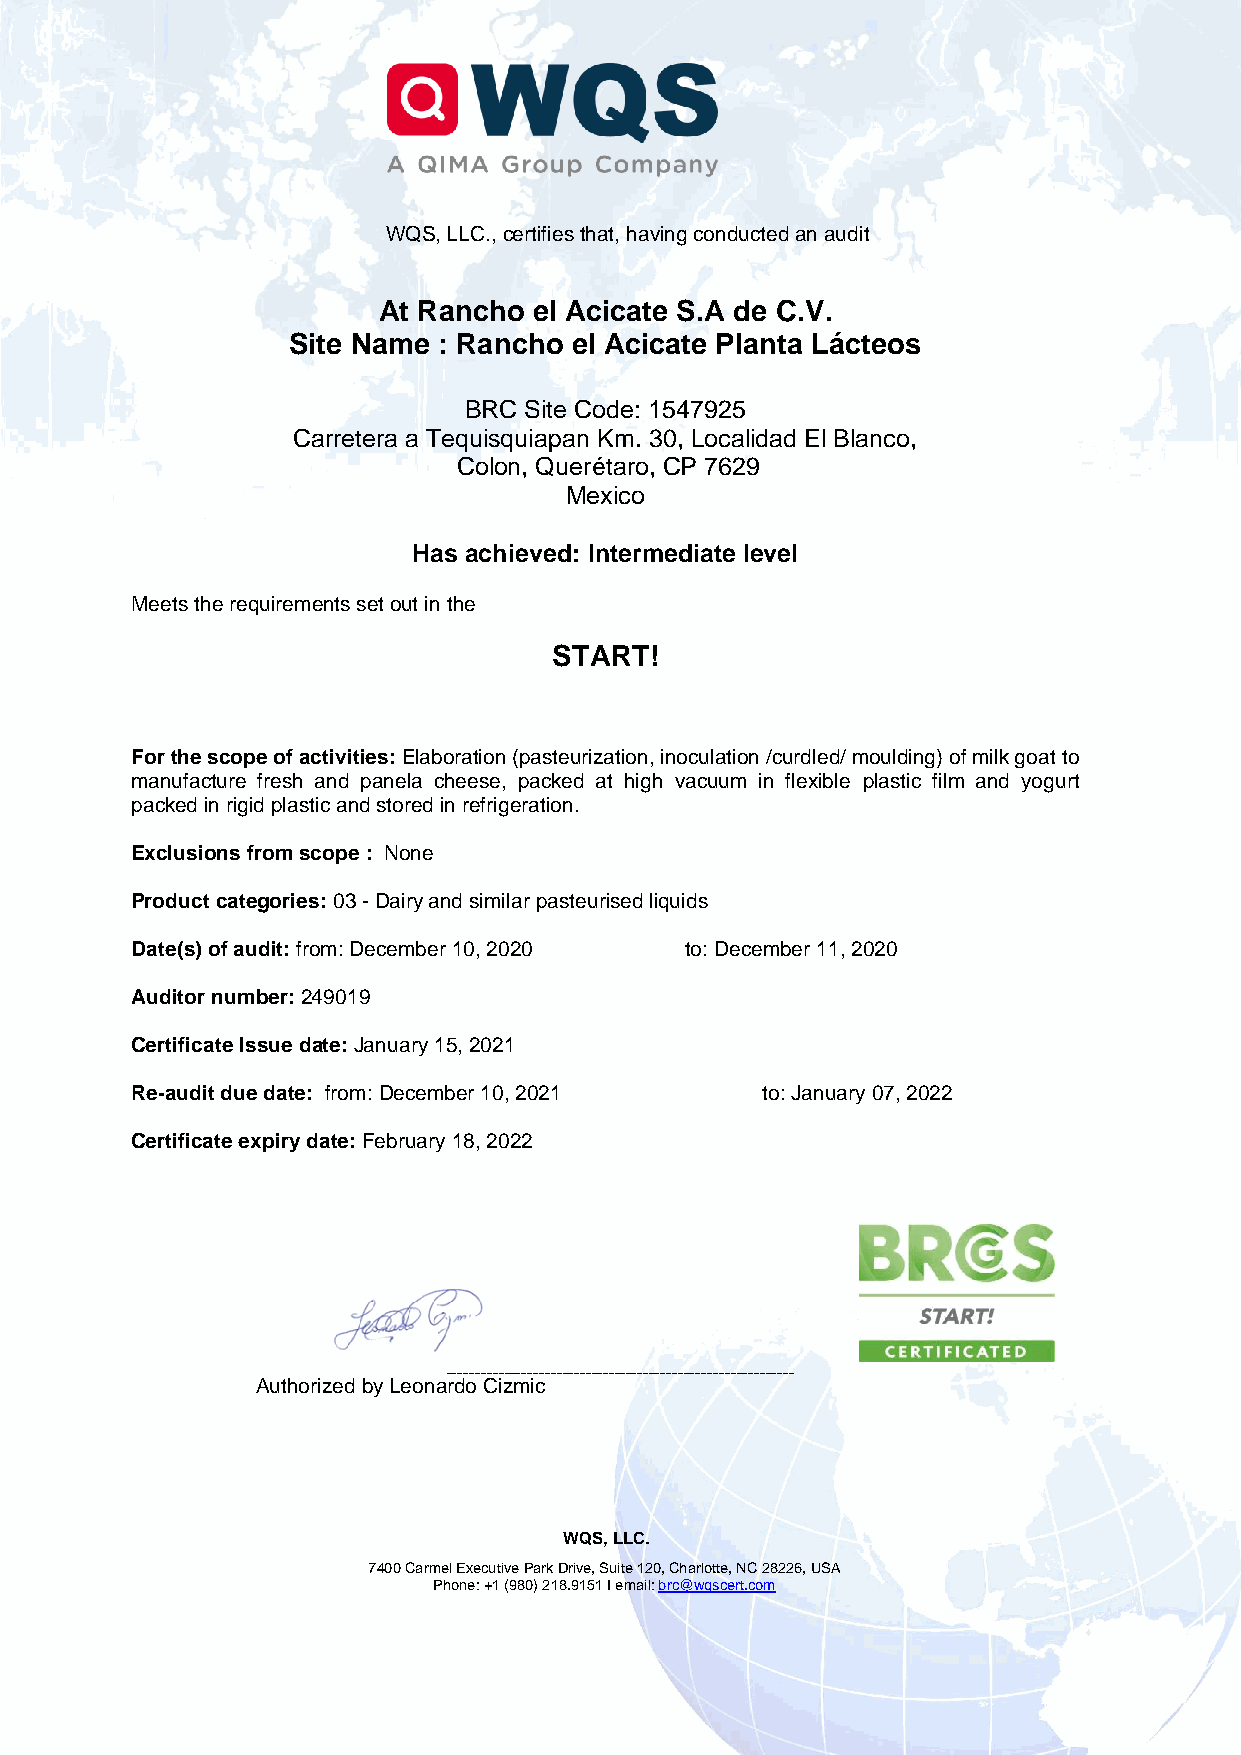
WQS, LLC., certifies that, having conducted an audit
 At Rancho el Acicate S.A de C.V.
 Site Name : Rancho el Acicate Planta Lácteos
 BRC Site Code: 1547925
 Carretera a Tequisquiapan Km. 30, Localidad El Blanco,
 Colon, Querétaro, CP 7629
 Mexico
 Has achieved: Intermediate level
 Meets the requirements set out in the
 START!
 For the scope of activities: Elaboration (pasteurization, inoculation /curdled/ moulding) of milk goat to
 manufacture fresh and panela cheese, packed at high vacuum in flexible plastic film and yogurt
 packed in rigid plastic and stored in refrigeration.
 Exclusions from scope : None
 Product categories: 03 - Dairy and similar pasteurised liquids
 Date(s) of audit: from: December 10, 2020 to: December 11, 2020
 Auditor number: 249019
 Certificate Issue date: January 15, 2021
 Re-audit due date: from: December 10, 2021 to: January 07, 2022
 Certificate expiry date: February 18, 2022
 ____________________________________________________________
 Authorized by Leonardo Cizmic
 WQS, LLC.
 7400 Carmel Executive Park Drive, Suite 120, Charlotte, NC 28226, USA
 Phone: +1 (980) 218.9151 I email: brc@wqscert.com